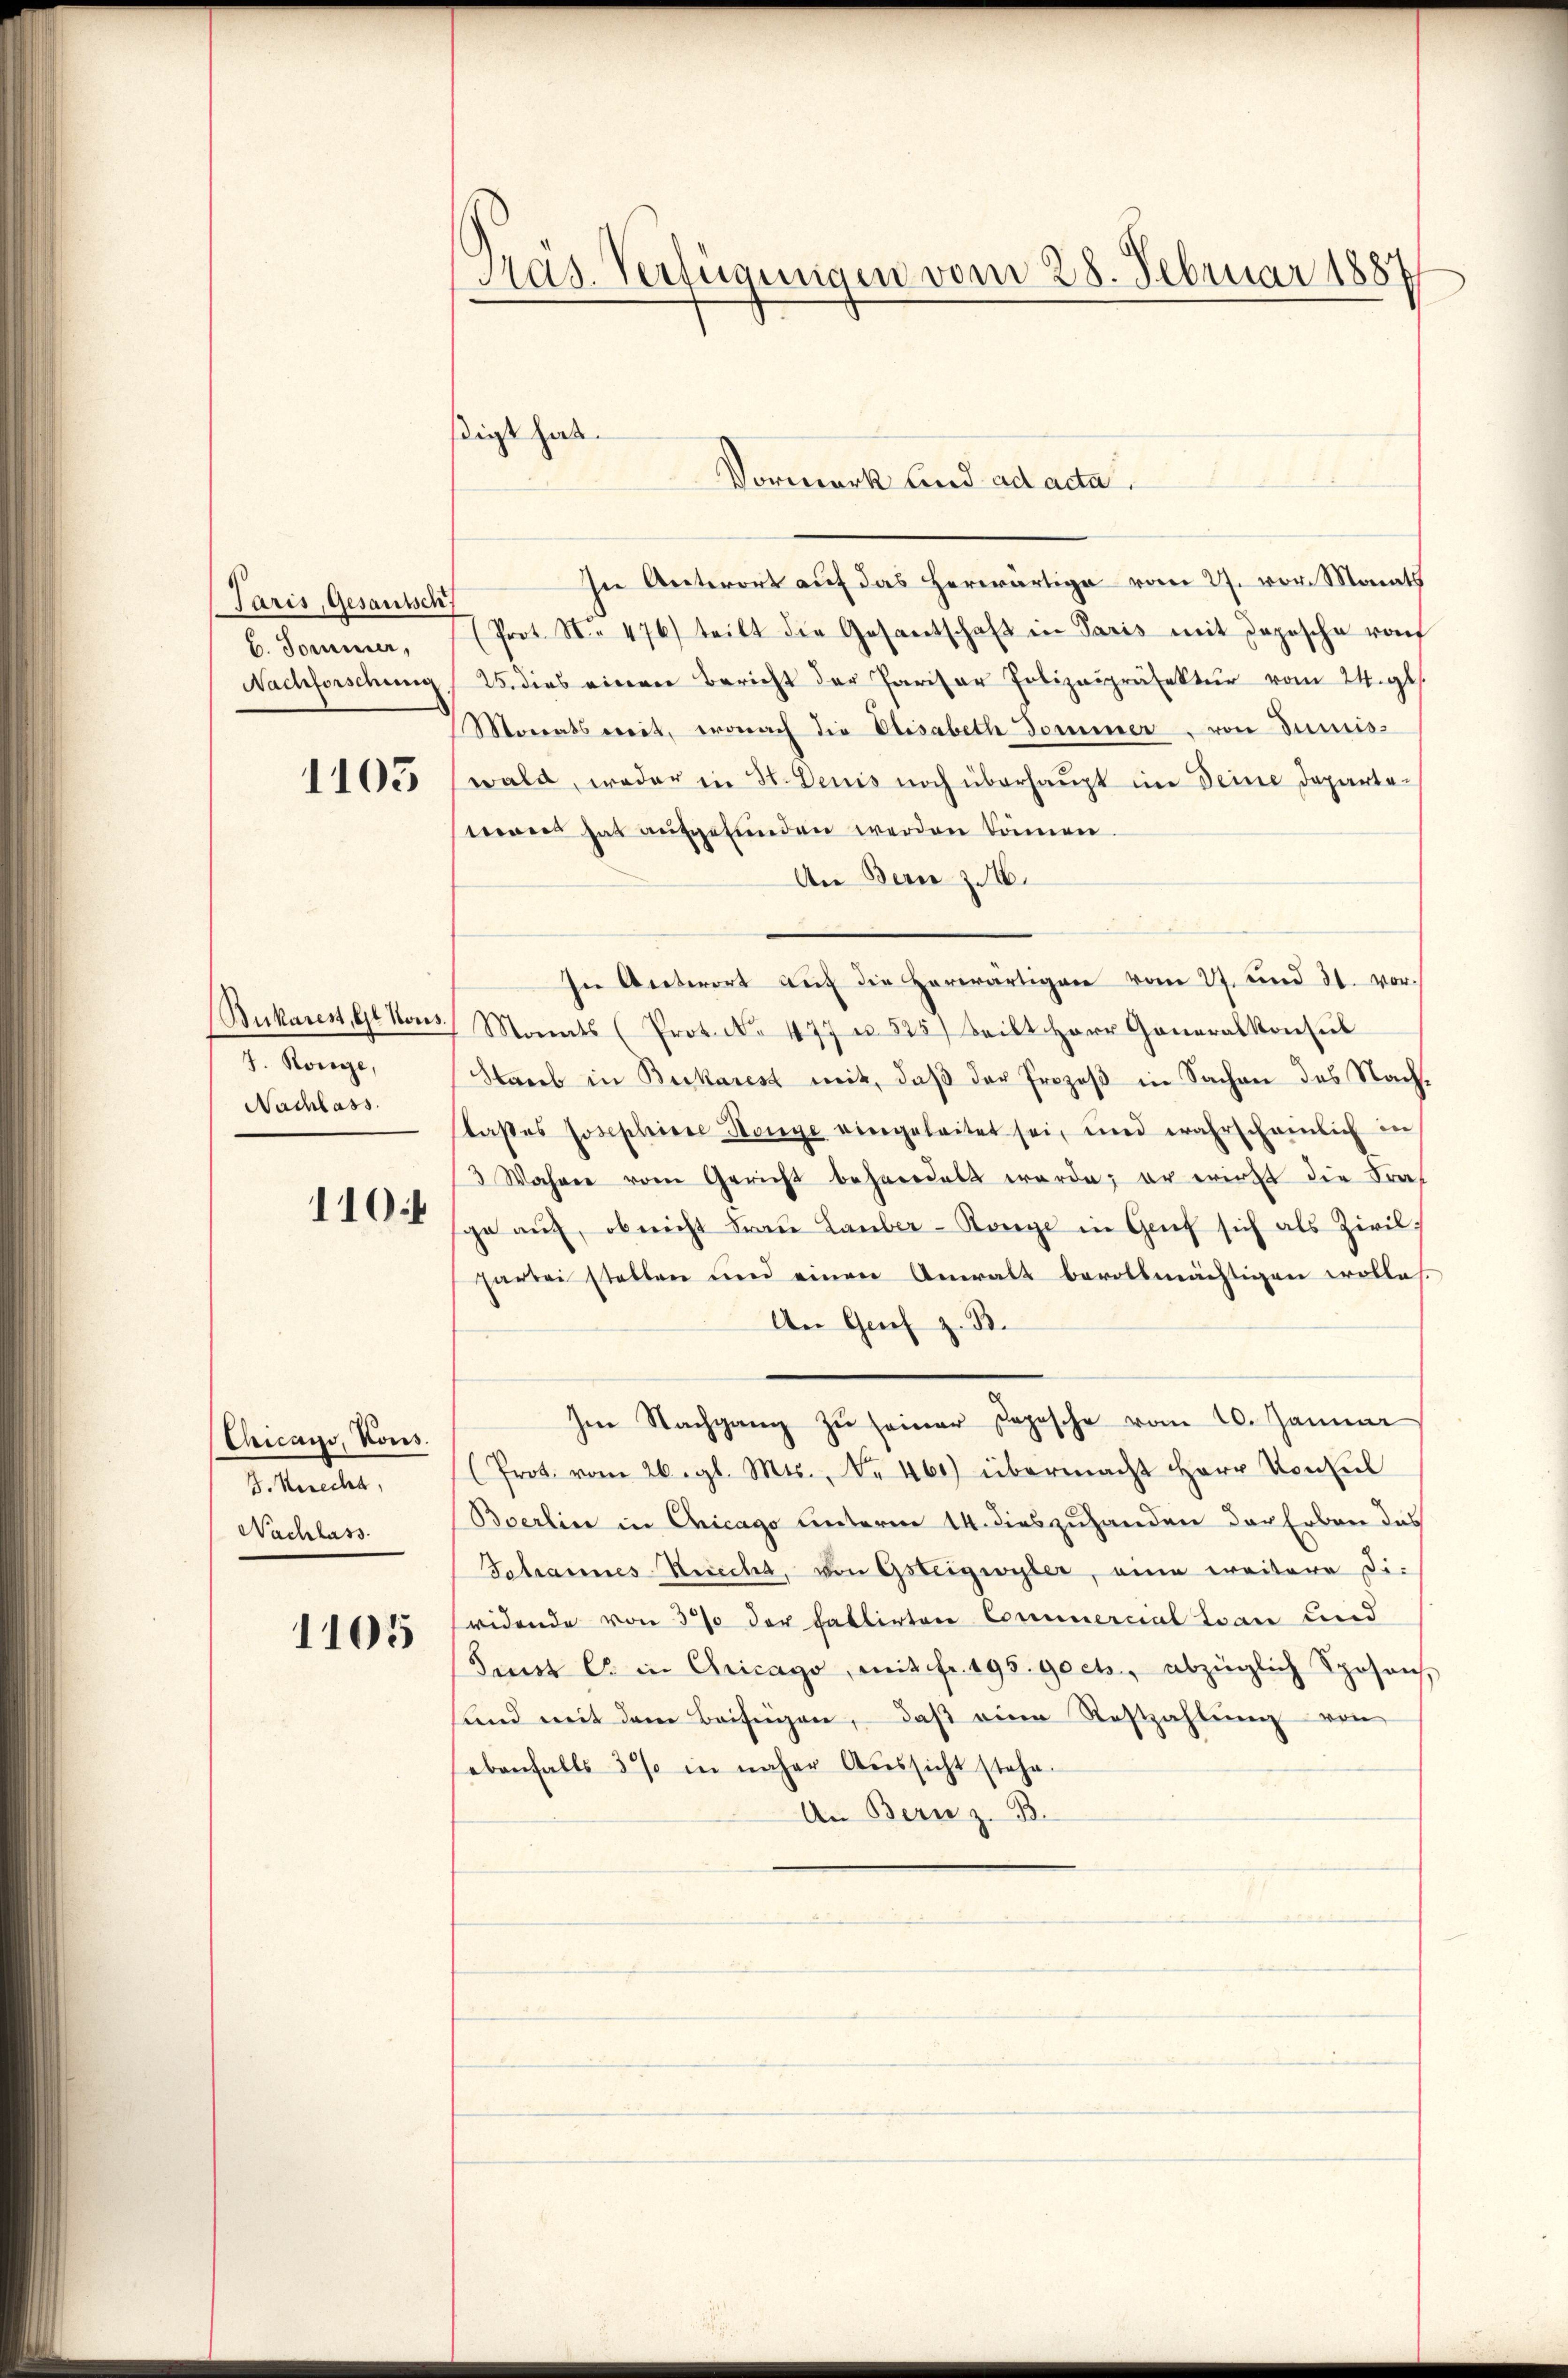
Paris, Gesantsch
b. Dominer,
Nachforschung

1105

Bukares, Gt Nous.
J. Könige,
Nachlass.

110:

Chicago, Kons.
B. Kerecht,
Nachlass

1105

Pras. Verfügungen vom 28. Februar 1887

stigt hat.

In Unterort auf das herwärtige vom 27. vor. Monats
(Prot. N. 476) teilt die Gesantschaft in Paris mit Depesche vo
25. dies einen Bericht der Parisar Polizeipräfektur vom 24. gl.
Monats weit, wonach die Elisabeth Dommer, von Juniswald, weder in H. Denis noch überhaupt im Deine Departe-
twas hat aufgefunden werden können.
An Bern zu 16.
In Antwort aŭf die herwärtigen vom 27. und 21. vor-
Monats (Prot. No. 477 u. 525) Seilt Herr Generalkonsŭl
Strieb in Burkarest mit, daß der Prozeß in Sachen des Nachlasses Josephisse Hange eingeleitet sei, und wahrschamlich in
3 Wahrer vom Gericht behandelt werde; er wirkt die Frage auf, ob nicht Fraŭ Lauber-Range in Genf sich als Zivil
partei stellen und einen Anwalt bevollmächtigen wolles.
An Grief z. B.
Im Nachgang zŭ seiner Copische vom 10. Januar
(Prot. vom 26. gl. Mts., Nr. 460) übermacht Herr Konsul
Boerlin in Chicago unterm 14. dies zuhanden der Erben das
Johannes Recht, von Gsteigwyler, eine weitere Diridende von 3% der Fallirten Commercial Ivan und
Sunt C in Chicago, mit fr. 195. gocts, abzüglich Sposon,
fand mit dem Beifügen, daβ eine Rostzahlŭng von
ebenfalls 3% in näher Aŭssicht stehe.
An Bern z. B.

Vormerk und ad acta.